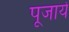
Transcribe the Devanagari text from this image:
पूजायें